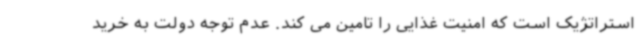
استراتژیک است که امنیت غذایی را تامین می کند. عدم توجه دولت به خرید